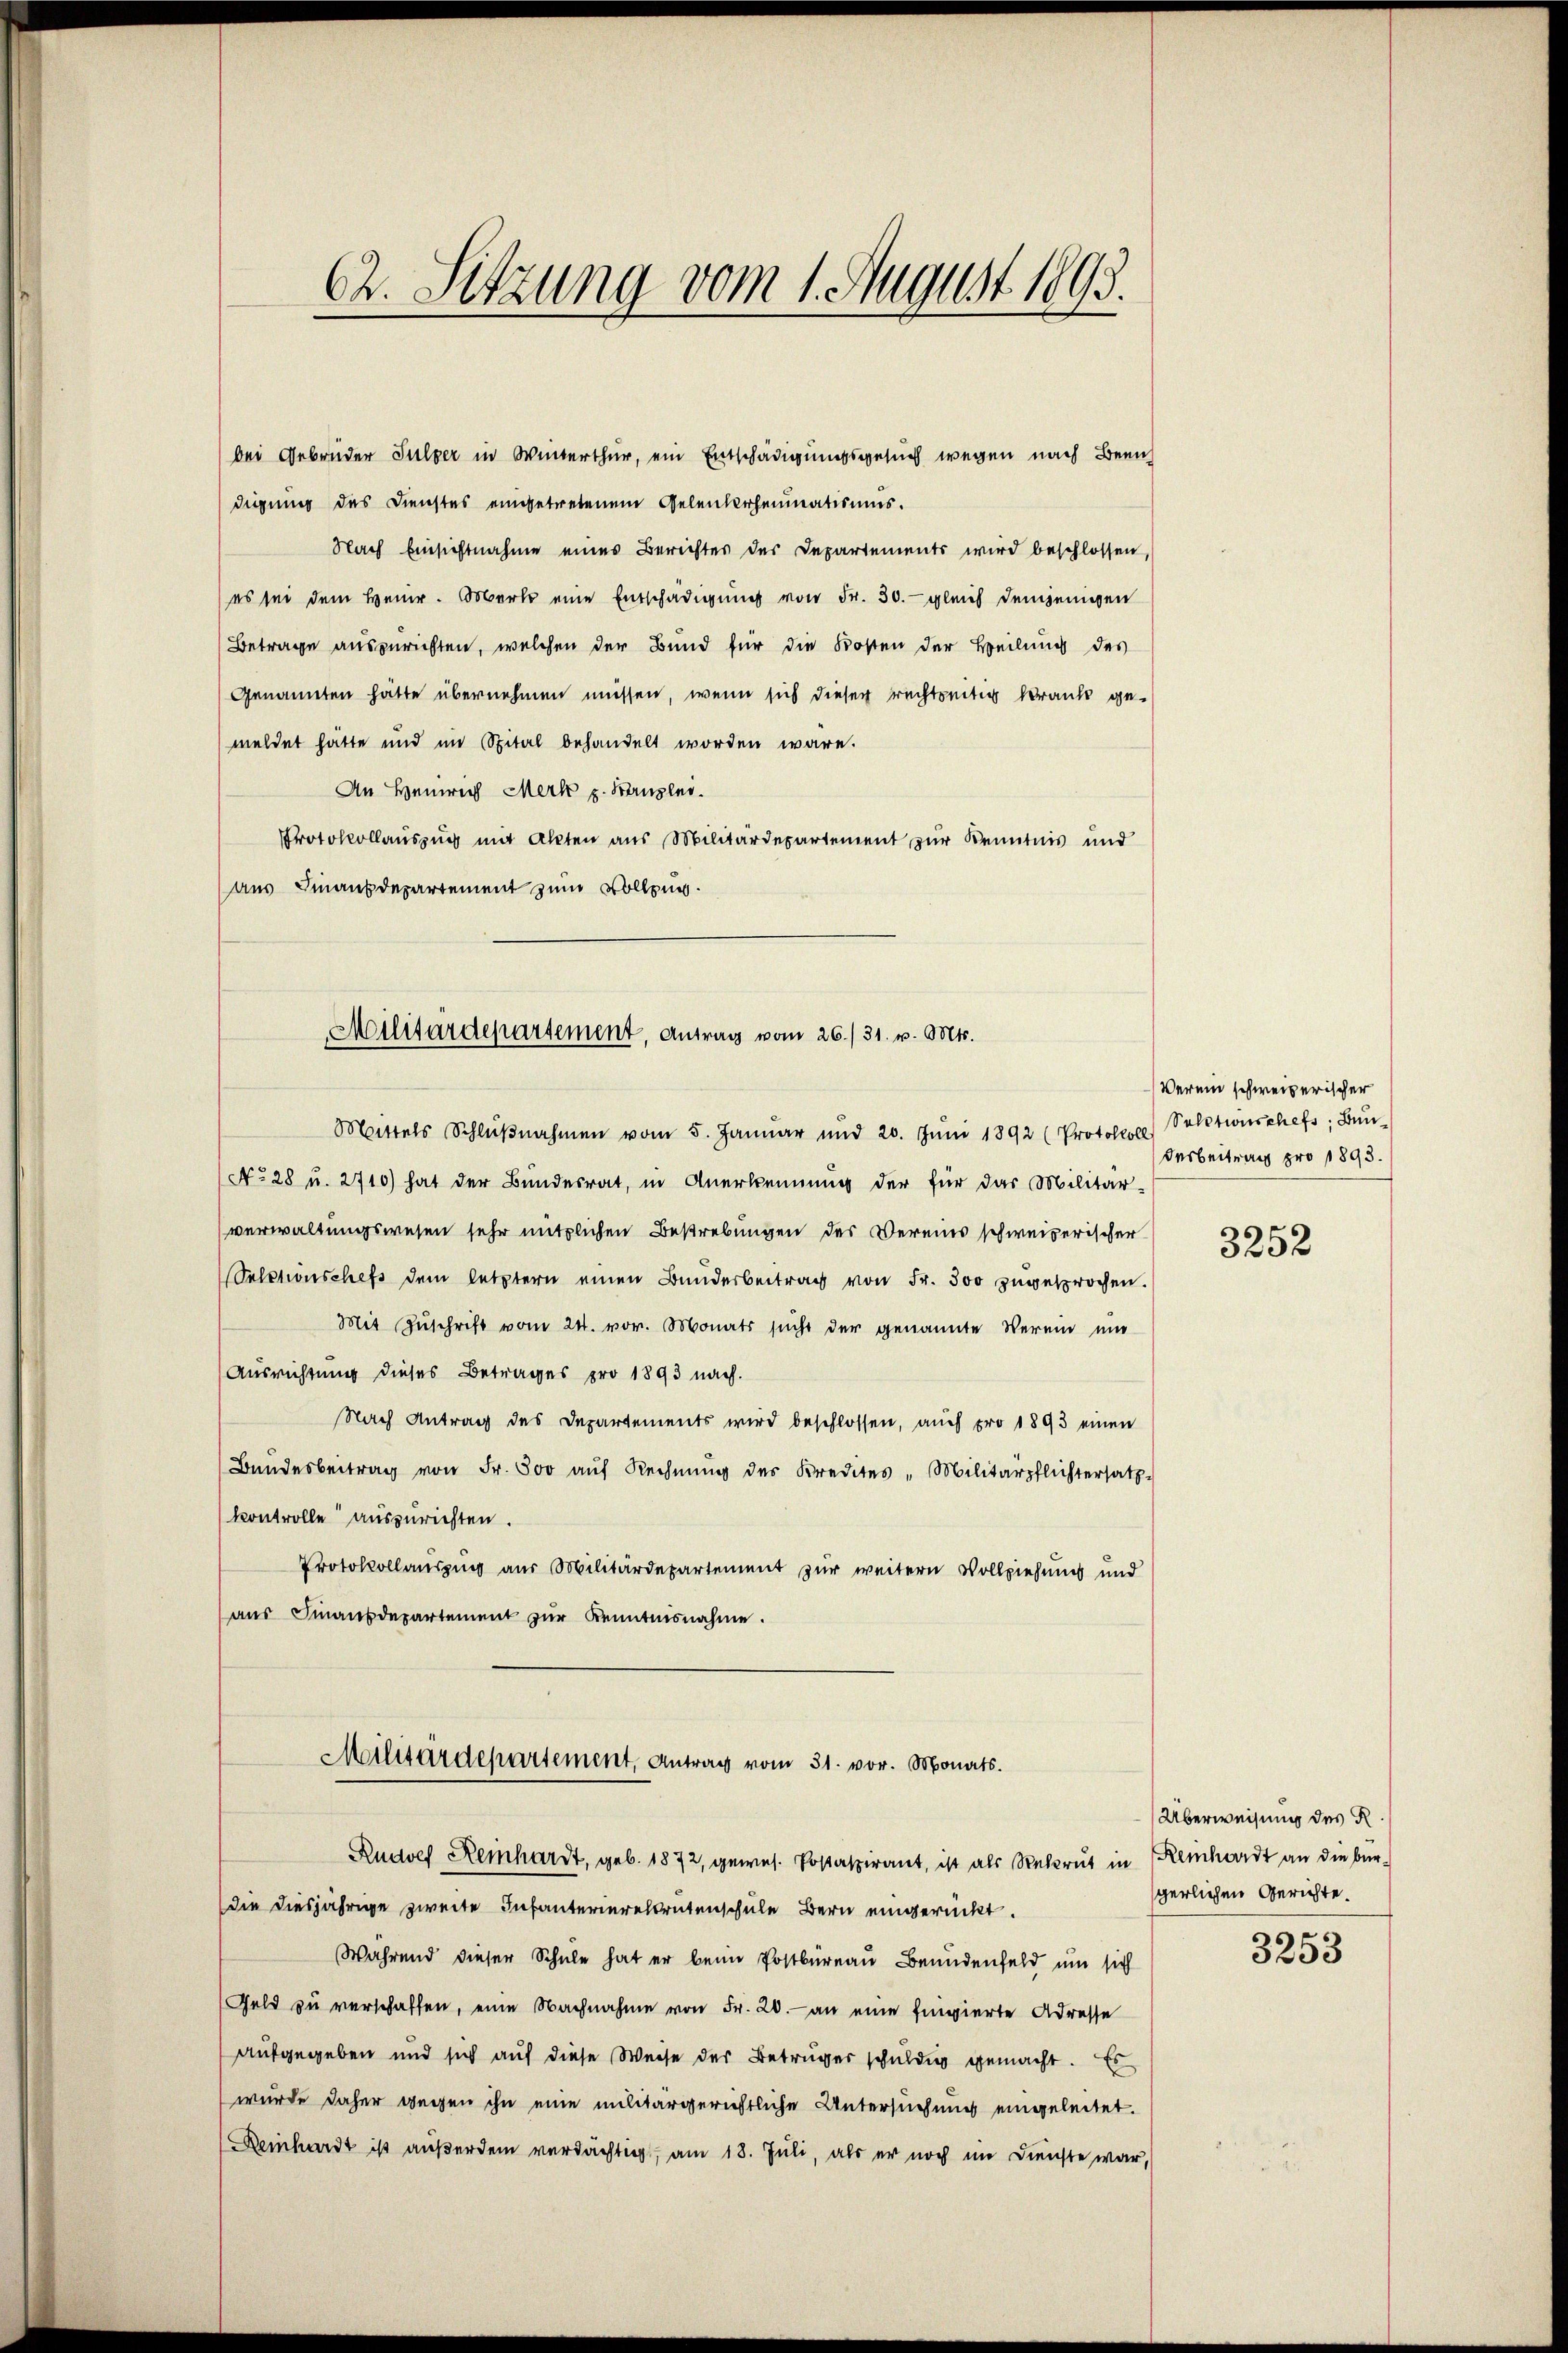
62. Sitzung vom 1. August 1893.

bei Gebrüder Sulzer in Winterthur, ein Entschädigungsgesuch wegen nach Been
digung des Dienstes eingetretenem Gelenderheumatismus.
Nach Einsichtnahme eines Berichtes der Departements wird beschlossen,
es sei dem Heinr. Oberle eine Entschädigŭng von Fr. 30. gleich demjenigen
Betrage auszurichten, welchen der Bund für die Kosten der Heilung des
Genannten hätte übernehmen müssen, wenn sich dieser rechtseitig krank gemeldet hätte und im Spital behandelt worden wäre.
An Heinrich Merk p. Kanzlei.
Protokollauszug mit Akten aus Militärdepartement zur Kenntnis und
aus Finanzdepartement zum Vollzug.
Mattels Schlŭβnahmen vom 5. Janŭar und 20. Jŭni 1892 (Protokoll) Solectionschefs Bŭn-
No 28 u. 2710) hat der Bundesrat, in Anerkennung der für das Militär-
verwaltungswesen sehr nützlichen Bestrebungen des Vereins schweizerischer
Sectionschefs dem letztern einen Banderbeitrag von Fr. 300 zugesprochen.
Mit Zŭschrift vom 24. vor. Monats sŭcht der genannte Verein um
Ausrichtung dieses Betrages pro 1893 nach.
Nach Antrag des Departements wird beschlossen, auch pro 1893 einen
Bandesbeitrag von Fr. 500 aŭf Rechnŭng des Kredites Militärpflichtersatz-
kontrolle auszurichten.
Protokollauszug aus Militärdepartement zur weitern Vollziehung und
aŭs Finanzdepartement zŭr Kenntnisnahme.
Militärdepartement, Antrag vom 31. vor. Monats.
Rudolf Reinhardt, geb. 1872, gewes. Postaspirant, ist als Rekrut in Reinhardt an die bürdie diesjährige zweite Infanterierekrutenschule Bern eingerückt.
Während dieser Schule hat er beim Postbüreau Brundenfeld um sich
Geld zŭ verschaffen, eine Nachnahme von Fr. 20. an eine fingierte Adresse
aufgegeben und sich auf diese Weise der Betrüger schuldig gemacht. Es
wurde daher wegen ihn eine militärgerichtliche Untersuchung eingeleitet.
Reinhardt ist außerdem verdächtig, am 18. Juli, als er noch im Dienste war,

Militärdepartement, Antrag vom 26./31. v. Mts.

Verein schweizerischer
Verbeitrag pro 1893.

3252

Überweisung des R.
gerlichen Gerichte.
e

3230